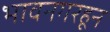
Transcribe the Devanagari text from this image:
भावनगरहून